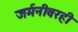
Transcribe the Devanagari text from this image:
जर्मनीवरही